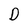
Character: D